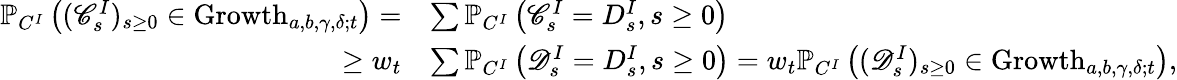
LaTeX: \begin{array}{rl}{\mathbb{P}_{C^{I}}\left((\mathscr{C}_{s}^{I})_{s\geq 0}\in\mathrm{Growth}_{a,b,\gamma,\delta;t}\right)=}&{\sum\mathbb{P}_{C^{I}}\left(\mathscr{C}_{s}^{I}=D_{s}^{I},s\geq 0\right)}\\ {\geq w_{t}}&{\sum\mathbb{P}_{C^{I}}\left(\mathscr{D}_{s}^{I}=D_{s}^{I},s\geq 0\right)=w_{t}\mathbb{P}_{C^{I}}\left((\mathscr{D}_{s}^{I})_{s\geq 0}\in\mathrm{Growth}_{a,b,\gamma,\delta;t}\right),}\end{array}